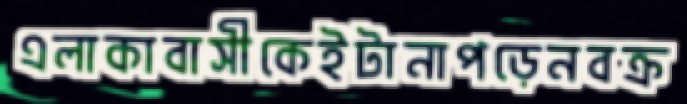
এলাকাবাসীকেইটানাপড়েনবক্র